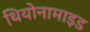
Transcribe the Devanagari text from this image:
थियोनामाइड